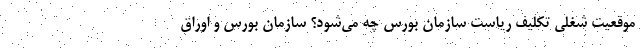
موقعیت شغلی تکلیف ریاست سازمان بورس چه می‌شود؟ سازمان بورس و اوراق